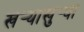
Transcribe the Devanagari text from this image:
खर्‍याखुर्‍या